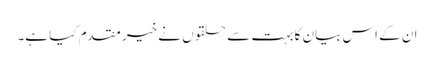
ان کے اس بیان کا بہت سے حلقوں نے خیر مقدم کیا ہے۔